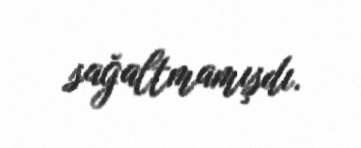
sağaltmamışdı.